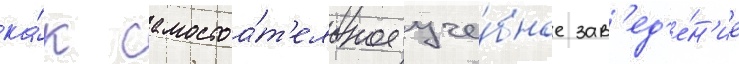
ка́к самостоа́т'ельное уче́бное зав'ед'е́н'ие